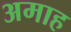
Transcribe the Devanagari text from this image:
अमाह